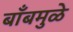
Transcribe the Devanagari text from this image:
बाँबमुळे